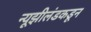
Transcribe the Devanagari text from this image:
न्यूझीलंडकडून